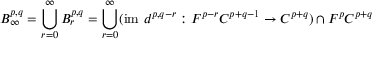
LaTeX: B _ { \infty } ^ { p , q } = \bigcup _ { r = 0 } ^ { \infty } B _ { r } ^ { p , q } = \bigcup _ { r = 0 } ^ { \infty } ( { \mathrm { i m ~ } } d ^ { p , q - r } : F ^ { p - r } C ^ { p + q - 1 } \rightarrow C ^ { p + q } ) \cap F ^ { p } C ^ { p + q }